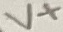
Text: V+